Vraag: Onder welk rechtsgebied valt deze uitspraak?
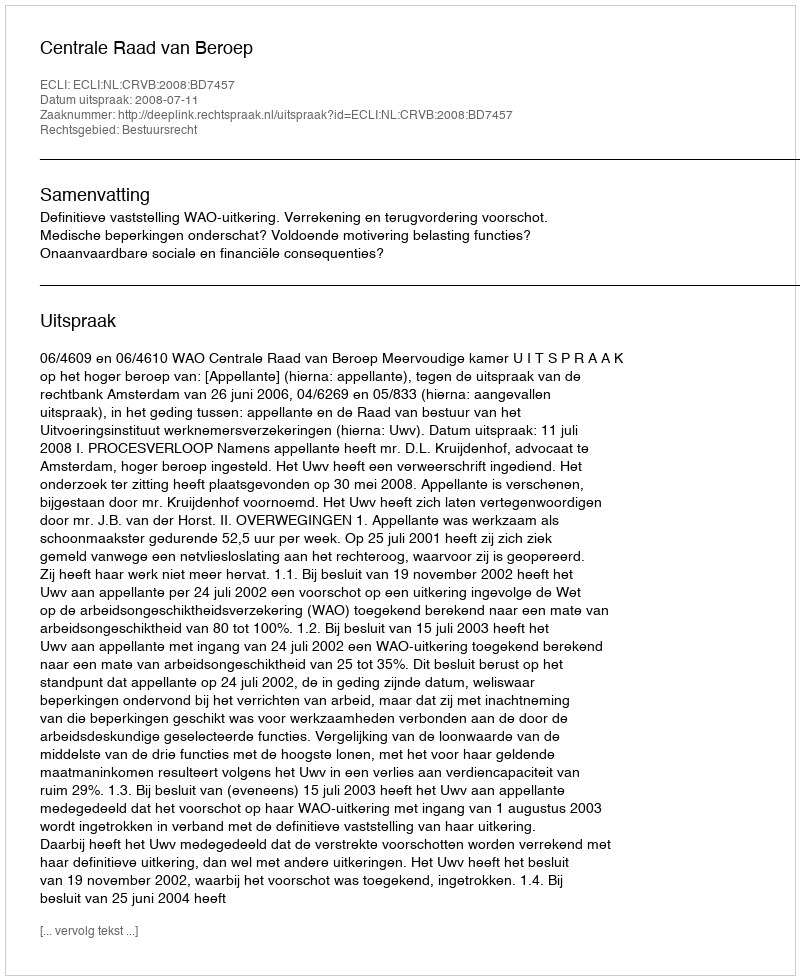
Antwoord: Bestuursrecht